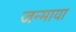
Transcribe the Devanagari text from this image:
जन्माया